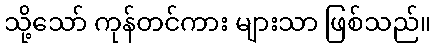
သို့သော် ကုန်တင်ကား များသာ ဖြစ်သည်။